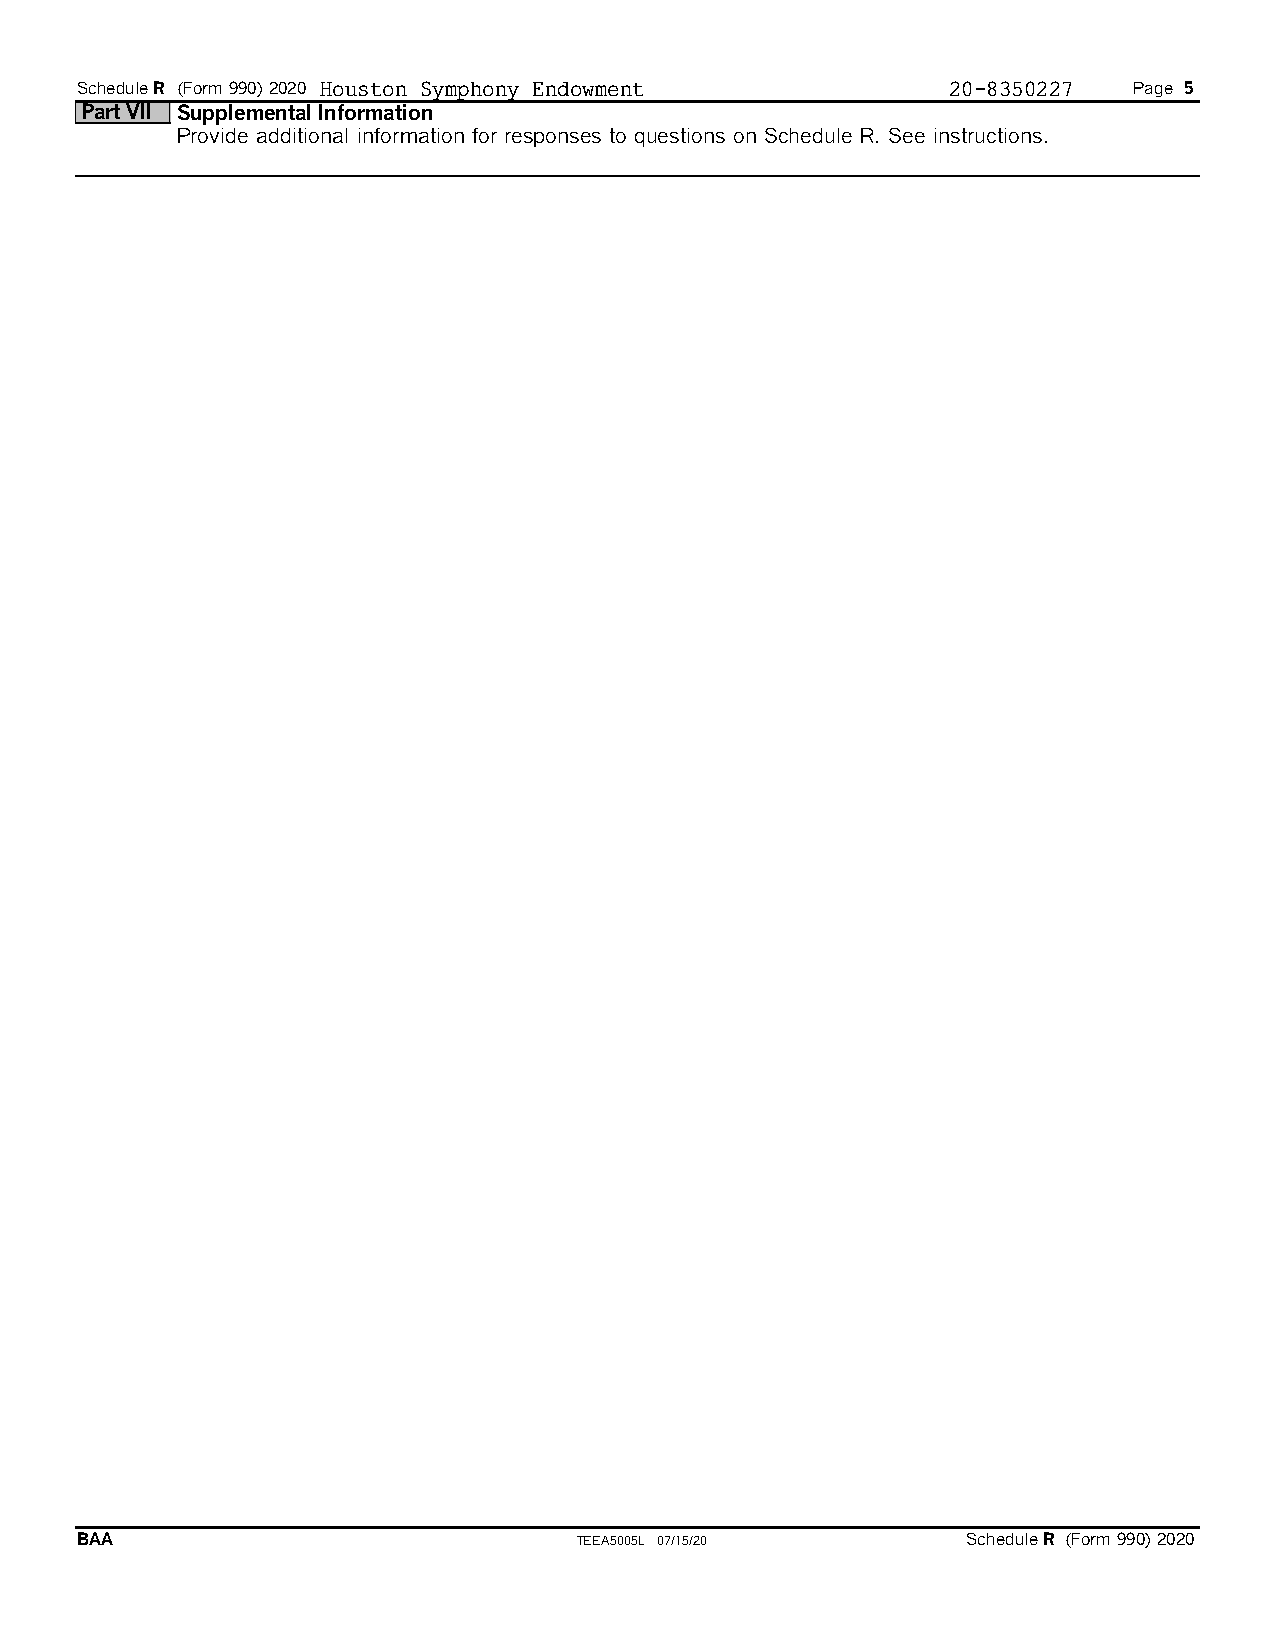
ScheduleR (Form 990) 2020 Houston Symphony Endowment      20-8350227  Page 5
 Part VII Supplemental Information
 Provide additional information for responses to questions on Schedule R. See instructions.
 BAA                              TEEA5005L 07/15/20        ScheduleR (Form 990) 2020